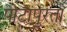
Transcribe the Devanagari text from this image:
पोटापुरता